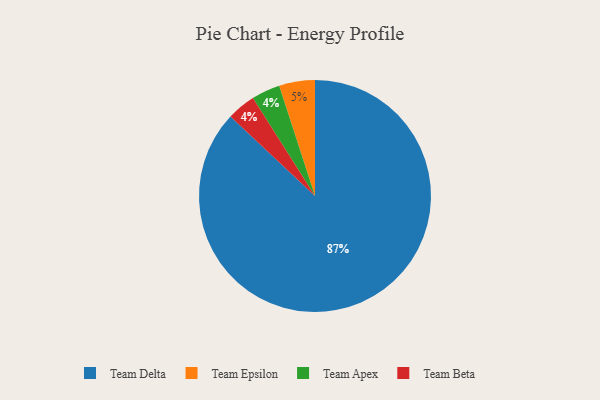
{"axis": {"x": "Category", "y": "Percentage"}, "legend": ["Team Apex", "Team Beta", "Team Delta", "Team Epsilon"], "data": [{"x": "Team Epsilon", "y": 5, "type": "Team Epsilon"}, {"x": "Team Delta", "y": 87, "type": "Team Delta"}, {"x": "Team Apex", "y": 4, "type": "Team Apex"}, {"x": "Team Beta", "y": 4, "type": "Team Beta"}]}